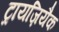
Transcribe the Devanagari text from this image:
ट्रायज़ियैक